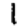
Digit: 1